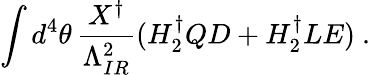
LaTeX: \int d^{4}\theta\, \frac{X^{\dagger}}{\Lambda_{IR}^{2}}(H_{2}^{\dagger}QD+H_{2}^{\dagger}LE)~.